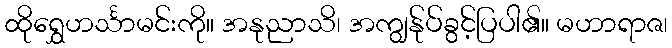
ထိုရွှေဟင်္သာမင်းကို။ အနုညာသိ၊ အကျွန်ုပ်ခွင့်ပြပါ၏။ မဟာရာဇ၊